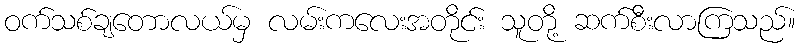
ဝက်သစ်ချတောလယ်မှ လမ်းကလေးအတိုင်း သူတို့ ဆက်စီးလာကြသည်။